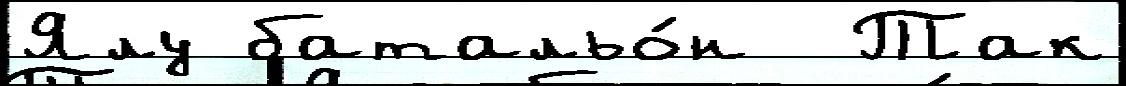
Ялу батальо́н  Так